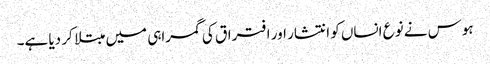
ہوس نے نوع انساں کو انتشار اور افتراق کی گمراہی میں مبتلا کر دیا ہے۔